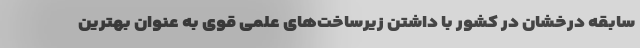
سابقه درخشان در کشور با داشتن زیرساخت‌های علمی قوی به عنوان بهترین